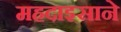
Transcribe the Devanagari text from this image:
महदाइसाने